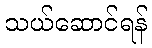
သယ်ဆောင်ရန်